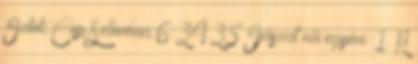
Iztok Cop Szlovénia 6:34.35 Íjászat női egyéni: 1. Ki